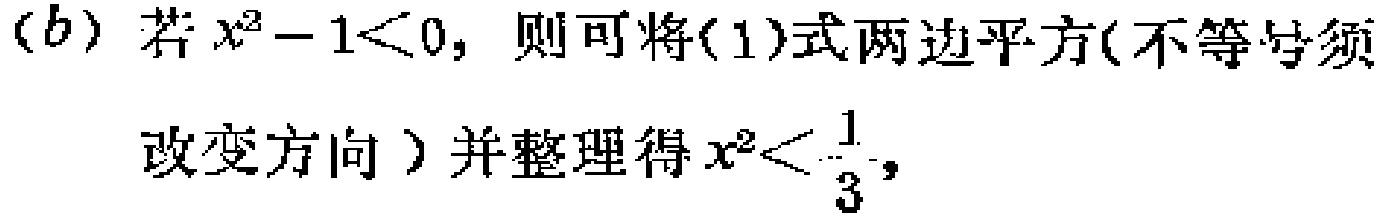
(b) 若\(x^{2}-1<0\)，则可将(1)式两边平方(不等号须改变方向）并整理得\(x^{2}<\frac{1}{3}\)，